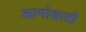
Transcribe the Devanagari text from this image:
आमोक्षादी